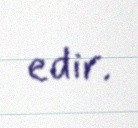
edir.